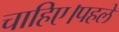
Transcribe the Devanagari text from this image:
चाहिए।पहले